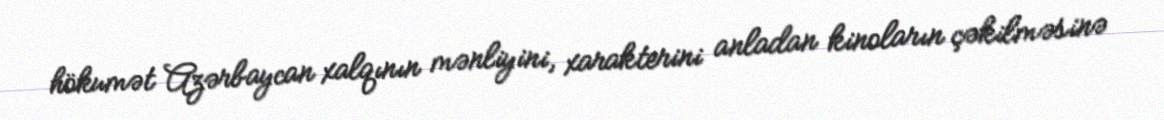
hökumət Azərbaycan xalqının mənliyini, xarakterini anladan kinoların çəkilməsinə